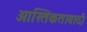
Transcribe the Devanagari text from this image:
आस्तिकतावादी